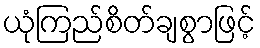
ယုံကြည်စိတ်ချစွာဖြင့်